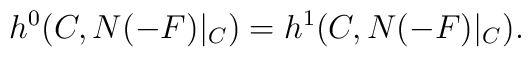
h^0 (C, N(-F)|_C)=h^1 (C, N(-F)|_C).